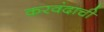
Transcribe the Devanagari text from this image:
करवंदाची